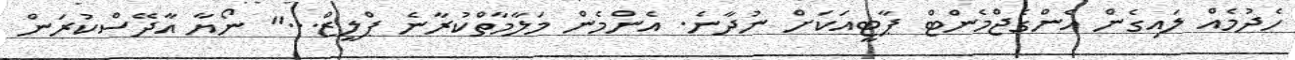
ހެދުމެއް ލައިގެން އެންގެޖްމެންޓް ޕާޓީއަކަށް ނުދާނެ. އެންމެން މަލާމާތްކުރާނެ ޕްލީޒް..." ނޯޔާ އާދޭސްކުރަން